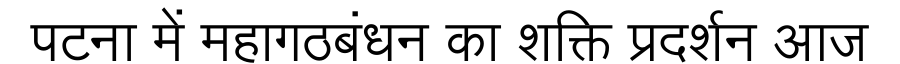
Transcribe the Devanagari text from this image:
पटना में महागठबंधन का शक्ति प्रदर्शन आज